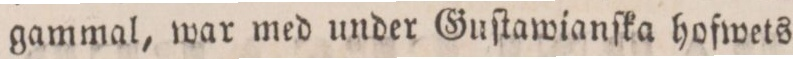
gammal, war med under Guſtawianſka hoſwets